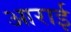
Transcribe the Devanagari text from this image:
आराई